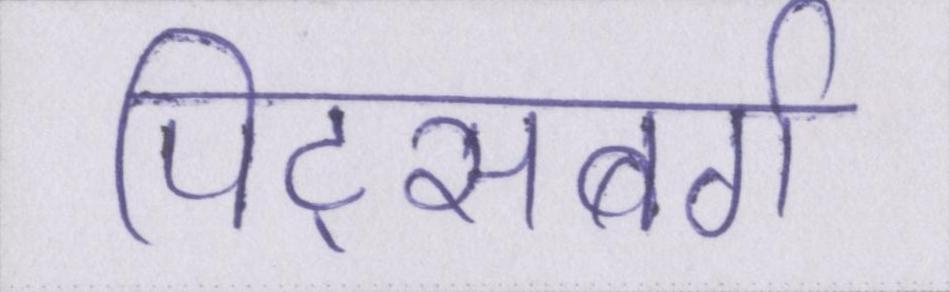
पिट्सबर्ग